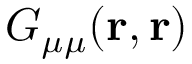
G _ { \mu \mu } ( \mathbf { r } , \mathbf { r } )